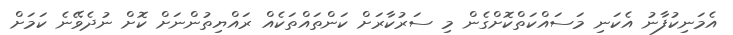
އެމަނިކުފާނު އެކަނި މަސައްކަތްކޮށްގެން މި ސަރުކާރަށް ކަންތައްތަކެއް ރައްޔިތުންނަށް ކޮށް ނުދެވޭނެ ކަމަށް